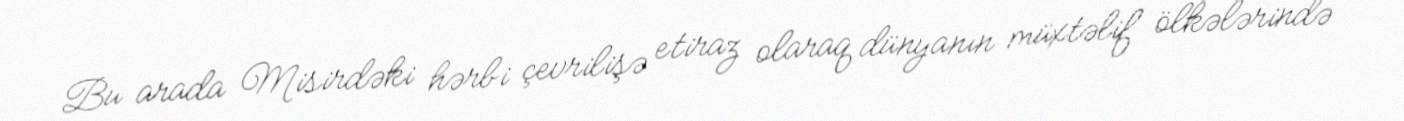
Bu arada Misirdəki hərbi çevrilişə etiraz olaraq dünyanın müxtəlif ölkələrində